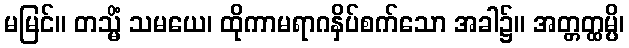
မမြင်။ တသ္မိံ သမယေ၊ ထိုကာမရာဂနှိပ်စက်သော အခါ၌။ အတ္တတ္ထမ္ပိ၊